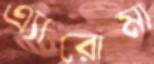
এ্যারোমা